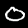
Label: 0